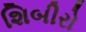
શિબીરો